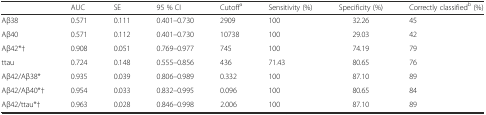
<table><thead><tr><td></td><td><b>AUC</b></td><td><b>SE</b></td><td><b>95 % CI</b></td><td><b>Cutoff<sup>a</sup></b></td><td><b>Sensitivity (%)</b></td><td><b>Specificity (%)</b></td><td><b>Correctly classified<sup>b</sup> (%)</b></td></tr></thead><tbody><tr><td>Aβ38</td><td>0.571</td><td>0.111</td><td>0.401–0.730</td><td>2909</td><td>100</td><td>32.26</td><td>45</td></tr><tr><td>Aβ40</td><td>0.571</td><td>0.112</td><td>0.401–0.730</td><td>10738</td><td>100</td><td>29.03</td><td>42</td></tr><tr><td>Aβ42*†</td><td>0.908</td><td>0.051</td><td>0.769–0.977</td><td>745</td><td>100</td><td>74.19</td><td>79</td></tr><tr><td>ttau</td><td>0.724</td><td>0.148</td><td>0.555–0.856</td><td>436</td><td>71.43</td><td>80.65</td><td>76</td></tr><tr><td>Aβ42/Aβ38*</td><td>0.935</td><td>0.039</td><td>0.806–0.989</td><td>0.332</td><td>100</td><td>87.10</td><td>89</td></tr><tr><td>Aβ42/Aβ40*†</td><td>0.954</td><td>0.033</td><td>0.832–0.995</td><td>0.096</td><td>100</td><td>80.65</td><td>84</td></tr><tr><td>Aβ42/ttau*†</td><td>0.963</td><td>0.028</td><td>0.846–0.998</td><td>2.006</td><td>100</td><td>87.10</td><td>89</td></tr></tbody></table>